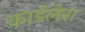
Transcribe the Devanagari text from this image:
कार्डलेरा